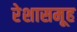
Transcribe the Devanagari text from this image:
रेशासमूह